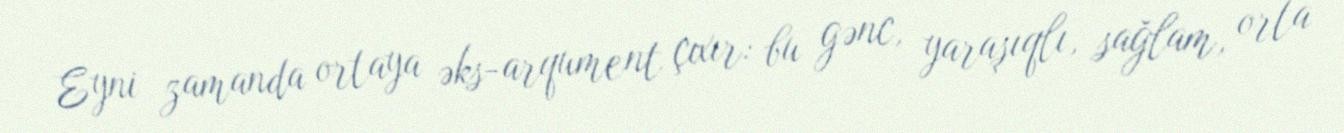
Eyni zamanda ortaya əks-arqument çıxır: bu gənc, yaraşıqlı, sağlam, orta